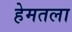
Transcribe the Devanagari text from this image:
हेमतला